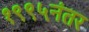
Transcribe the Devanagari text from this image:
१९९५नंतर